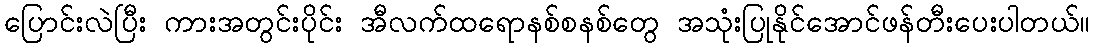
ပြောင်းလဲပြီး ကားအတွင်းပိုင်း အီလက်ထရောနစ်စနစ်တွေ အသုံးပြုနိုင်အောင်ဖန်တီးပေးပါတယ်။